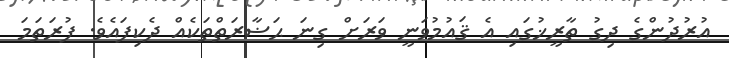
އުރުދުންގެ ދިގު ތާރީޚުގައި އެ ޤައުމުވަނީ ވަރަށް ގިނަ ޙަޟާރަތްތަކެއް ދެކިފައެވެ. ފުރަތަމަ